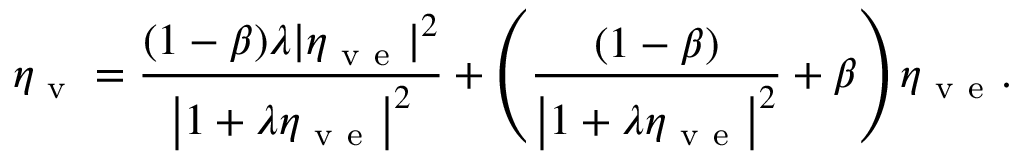
\eta _ { \mathrm { ~ v ~ } } = \frac { ( 1 - \beta ) \lambda | \eta _ { \mathrm { ~ v ~ e ~ } } | ^ { 2 } } { \left| 1 + \lambda \eta _ { \mathrm { ~ v ~ e ~ } } \right| ^ { 2 } } + \left( \frac { ( 1 - \beta ) } { \left| 1 + \lambda \eta _ { \mathrm { ~ v ~ e ~ } } \right| ^ { 2 } } + \beta \right) \eta _ { \mathrm { ~ v ~ e ~ } } .